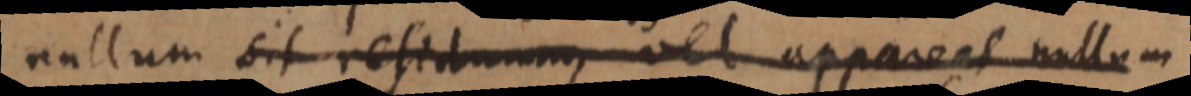
nullum supersit residuum, vel appareat quae